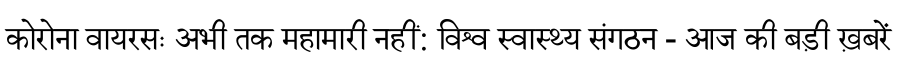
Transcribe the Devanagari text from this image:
कोरोना वायरसः अभी तक महामारी नहीं: विश्व स्वास्थ्य संगठन - आज की बड़ी ख़बरें